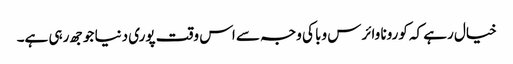
خیال رہے کہ کورونا وائرس وبا کی وجہ سے اس وقت پوری دنیا جوجھ رہی ہے۔